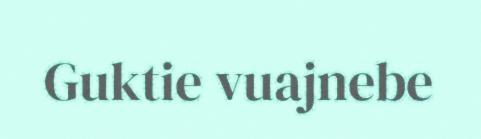
Guktie vuajnebe